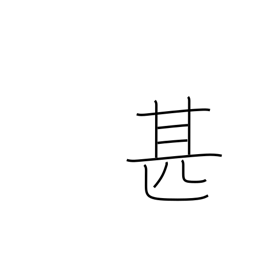
Meaning: very